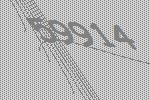
59914